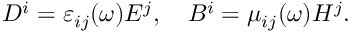
D ^ { i } = \varepsilon _ { i j } ( \omega ) E ^ { j } , \ \ \ B ^ { i } = \mu _ { i j } ( \omega ) H ^ { j } .